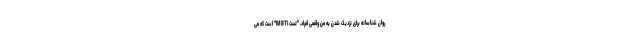
روان شناسانه برای نزدیک شدن به من واقعی افراد، "تست MBTI" است که می